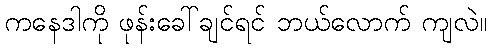
ကနေဒါကို ဖုန်းခေါ်ချင်ရင် ဘယ်လောက် ကျလဲ။